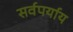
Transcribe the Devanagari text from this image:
सर्वपर्याय